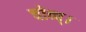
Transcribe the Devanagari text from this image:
चोव्प्।